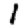
Digit: 1